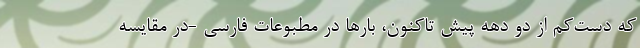
که دست‌کم از دو دهه پیش تاکنون، بارها در مطبوعات فارسی -در مقایسه